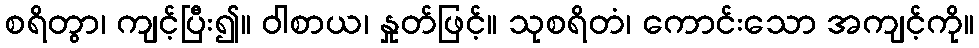
စရိတွာ၊ ကျင့်ပြီး၍။ ဝါစာယ၊ နှုတ်ဖြင့်။ သုစရိတံ၊ ကောင်းသော အကျင့်ကို။